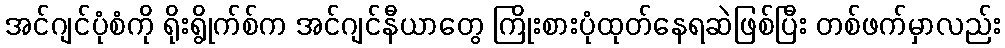
အင်ဂျင်ပုံစံကို ရိုးရွိုက်စ်က အင်ဂျင်နီယာတွေ ကြိုးစားပုံထုတ်နေရဆဲဖြစ်ပြီး တစ်ဖက်မှာလည်း